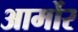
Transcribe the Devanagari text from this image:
आर्मोर